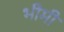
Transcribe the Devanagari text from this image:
भीमी